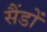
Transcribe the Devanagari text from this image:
सैंडों